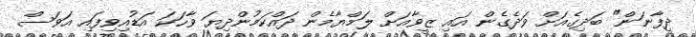
ދީފާނަން" ބަދިގެއަށް ވަދެގެން އައި ޒީވާއަށް ލަމްޔާމެން ދައްކަމުންދިޔަ ވާހަކަ އަޑުއިވިފައި އަވަސް